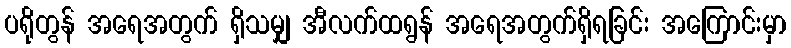
ပရိုတွန် အရေအတွက် ရှိသမျှ အီလက်ထရွန် အရေအတွက်ရှိရခြင်း အကြောင်းမှာ